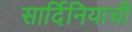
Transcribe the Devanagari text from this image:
सार्दिनियाची